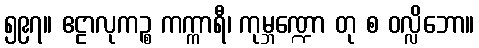
၅၉၇။ ဧဠာလုကဉ္စ ကက္ကာရီ၊ ကုမ္ဘဏ္ဍော တု စ ဝလ္လိဘော။